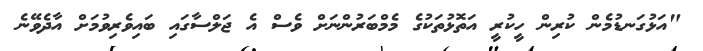
"އަޅުގަނޑުމެން ކުރިން ހީކުރީ އަތޮޅުތަކުގެ މެމްބަރުންނަށް ވެސް އެ ޖަލްސާގައި ބައިވެރިވުމަށް އާދެވޭނެ